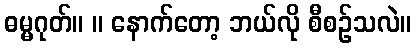
ဓမ္မဂုတ်။ ။ နောက်တော့ ဘယ်လို စီစဉ်သလဲ။